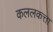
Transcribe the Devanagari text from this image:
कललकत्ता